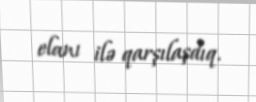
elanı ilə qarşılaşdıq.